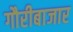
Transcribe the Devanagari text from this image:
गौरीबाजार